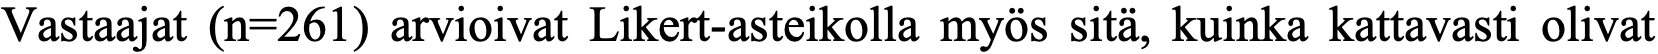
Vastaajat (n=261) arvioivat Likert-asteikolla myös sitä, kuinka kattavasti olivat